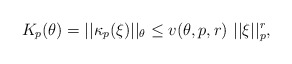
\begin{align*} K_p(\theta) = ||\kappa_p(\xi)||_{\theta} \le v(\theta,p,r) \ ||\xi||_p^r, \ \end{align*}